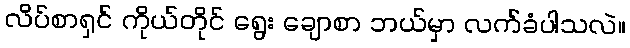
လိပ်စာရှင် ကိုယ်တိုင် ရွေး ချောစာ ဘယ်မှာ လက်ခံပါသလဲ။